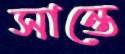
সান্তে